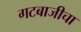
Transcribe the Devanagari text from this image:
गटबाजीचा